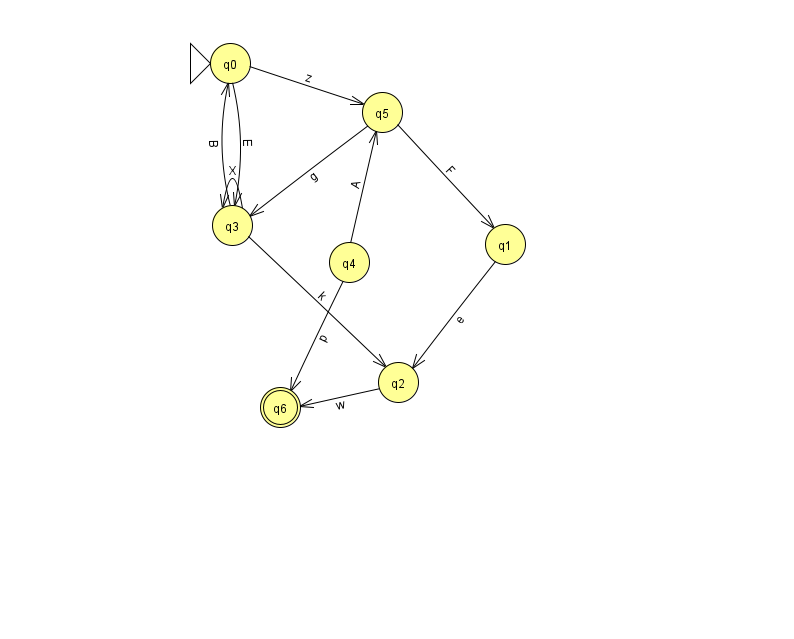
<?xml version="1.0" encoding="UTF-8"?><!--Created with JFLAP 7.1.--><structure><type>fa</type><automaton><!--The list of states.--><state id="0" name="q0"><x>230.0</x><y>50.0</y><initial/></state><state id="1" name="q1"><x>505.0</x><y>231.0</y></state><state id="2" name="q2"><x>398.0</x><y>369.0</y></state><state id="3" name="q3"><x>232.0</x><y>212.0</y></state><state id="4" name="q4"><x>349.0</x><y>249.0</y></state><state id="5" name="q5"><x>382.0</x><y>99.0</y></state><state id="6" name="q6"><x>280.0</x><y>394.0</y><final/></state><!--The list of transitions.--><transition><from>3</from><to>0</to><read>B</read></transition><transition><from>5</from><to>1</to><read>F</read></transition><transition><from>3</from><to>2</to><read>k</read></transition><transition><from>5</from><to>3</to><read>g</read></transition><transition><from>0</from><to>3</to><read>E</read></transition><transition><from>2</from><to>6</to><read>w</read></transition><transition><from>3</from><to>3</to><read>X</read></transition><transition><from>0</from><to>5</to><read>z</read></transition><transition><from>1</from><to>2</to><read>e</read></transition><transition><from>4</from><to>5</to><read>A</read></transition><transition><from>4</from><to>6</to><read>p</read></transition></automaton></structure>